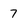
Character: 7